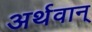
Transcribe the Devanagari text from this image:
अर्थवान्